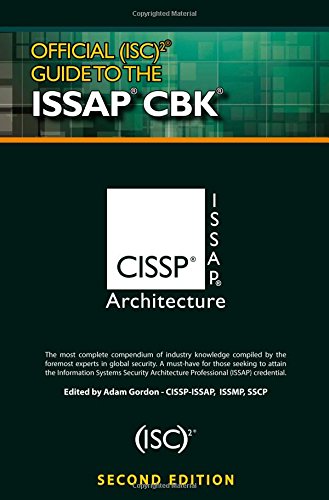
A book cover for Official (ISC)2Â® Guide to the ISSAPÂ® CBK, Second Edition ((ISC)2 Press); Computers & Technology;